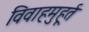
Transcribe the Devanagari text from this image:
विवाहमुहूर्त